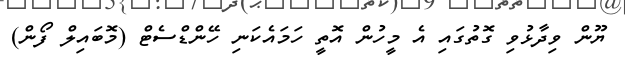
ޔޫން ވިދާޅުވި ގޮތުގައި އެ މީހުން އޮތީ ހަމައެކަނި ހޭންޑްސެޓް (މޮބައިލް ފޯން)